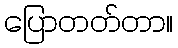
ပြောတတ်တာ။